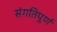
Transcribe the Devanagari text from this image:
संगतिपूर्ण